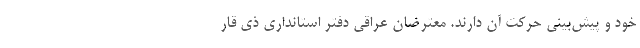
خود و پیش‌بینی حرکت آن دارند. معترضان عراقی دفتر استانداری ذی قار